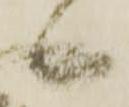
候